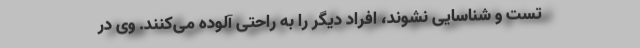
تست و شناسایی نشوند، افراد دیگر را به راحتی آلوده می‌‌کنند. وی در